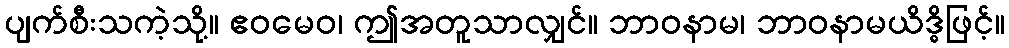
ပျက်စီးသကဲ့သို့။ ဧဝမေဝ၊ ဤအတူသာလျှင်။ ဘာဝနာမ၊ ဘာဝနာမယိဒ္ဓိဖြင့်။